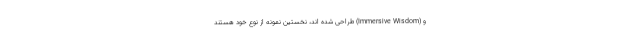
و (Immersive Wisdom) طراحی شده اند، نخستین نمونه از نوع خود هستند